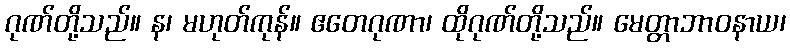
ဂုဏ်တို့သည်။ န၊ မဟုတ်ကုန်။ ဧတေဂုဏာ၊ ထိုဂုဏ်တို့သည်။ မေတ္တာဘာဝနာယ၊